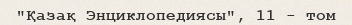
"Қазақ Энциклопедиясы", 11 - том